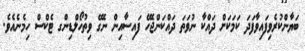
ބަޔާންކުރެވިފައިވާފަދަ ކަމަކަށް ދައްކާ ނުވަތަ ދައްކަންޖެހޭ ފައިސާއިން ނެގޭ ވިތުހޯލްޑިންގ ޓެކްސް ހިމެނެއެވެ.